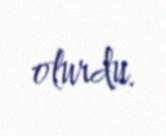
olurdu.